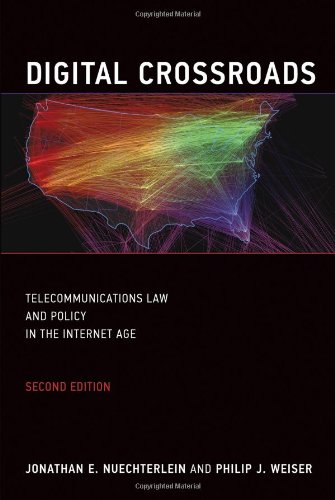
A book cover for Digital Crossroads: Telecommunications Law and Policy in the Internet Age; Jonathan E. Nuechterlein; Law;